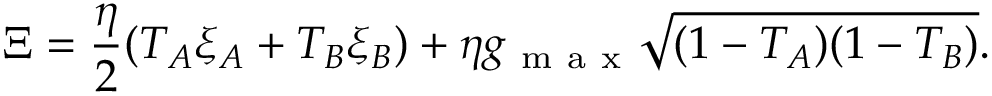
\Xi = \frac { \eta } { 2 } ( T _ { A } \xi _ { A } + T _ { B } \xi _ { B } ) + \eta g _ { \mathrm { ~ m ~ a ~ x ~ } } \sqrt { ( 1 - T _ { A } ) ( 1 - T _ { B } ) } .